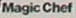
Magic Chef